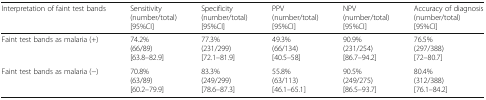
<table><thead><tr><td><b>Interpretation of faint test bands</b></td><td><b>Sensitivity(number/total)[95%CI]</b></td><td><b>Specificity(number/total)[95%CI]</b></td><td><b>PPV(number/total)[95%CI]</b></td><td><b>NPV(number/total)[95%CI]</b></td><td><b>Accuracy of diagnosis(number/total)[95%CI]</b></td></tr></thead><tbody><tr><td>Faint test bands as malaria (+)</td><td>74.2%(66/89)[63.8–82.9]</td><td>77.3%(231/299)[72.1–81.9]</td><td>49.3%(66/134)[40.5–58]</td><td>90.9%(231/254)[86.7–94.2]</td><td>76.5%(297/388)[72–80.7]</td></tr><tr><td>Faint test bands as malaria (−)</td><td>70.8%(63/89)[60.2–79.9]</td><td>83.3%(249/299)[78.6–87.3]</td><td>55.8%(63/113)[46.1–65.1]</td><td>90.5%(249/275)[86.5–93.7]</td><td>80.4%(312/388)[76.1–84.2]</td></tr></tbody></table>